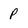
Character: P